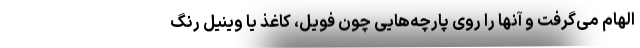
الهام می‌گرفت و آنها را روی پارچه‌هایی چون فویل، کاغذ یا وینیل رنگ